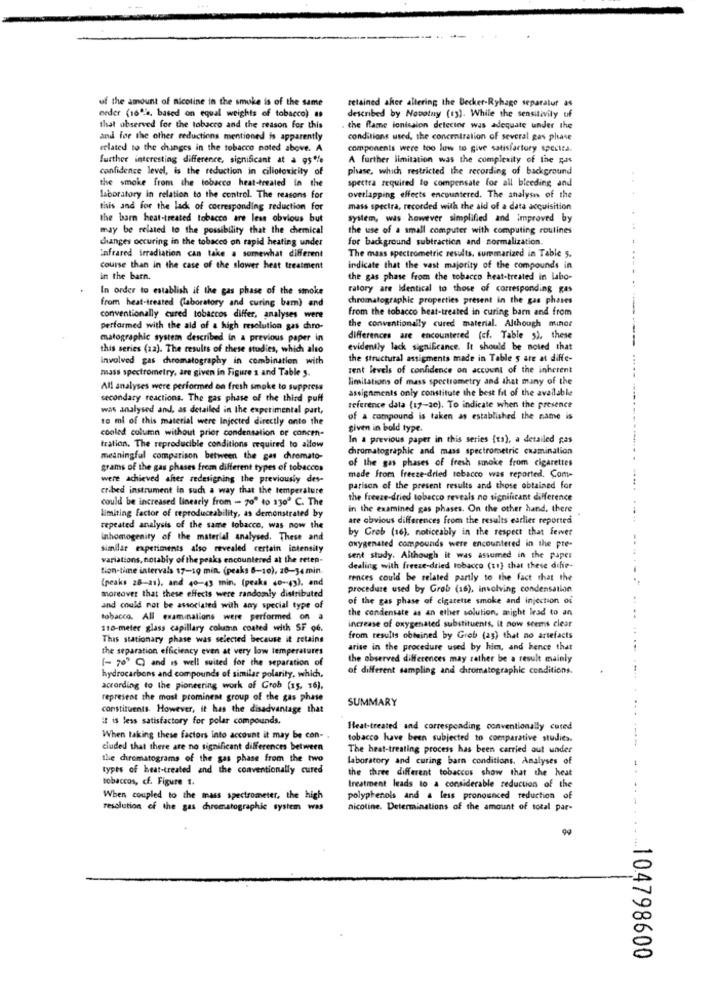
of the amount of nicotine in the smoke is of the same
retained afer altering the Becker-Ryhage separatur as
erder (160%, based on equal weights of tobacco) #
described by Novotny (13). While the sensitivity of
that observed for the tobacco and the reason for this
the flame ionicaion delector was adequate under the
and før the other reductions mentioned is apparently
conditions used, the concentration of several gas phase
related to the changes in the tobacco noted above. A
components were too low to give satisfactory spectta.
further interesting difference, significant at a gs%
A further limitation was the complexity of the gas
confidence level, is the reduction in cillotoxicity of
phase, which restricted the recording of background
the smoke from the tobacco heat-treated in the
spectra required to compensate for all bleeding and
laboratory in relation to the control. The reasons for
overlapping effects encountered. The analysis of the
this and for the lack of corresponding reduction for
mass spectra, recorded with the aid of a data acquisition
the barn heat-treated tobacco are less obvious but
system, was however simplified and improved by
may be related to the possibility that the chemical
the use of a small computer with computing routines
changes occuring in the tobacco on rapid heating under
for background subtraction and normalization.
The mass spectrometric results, summarized in Table 5.
Infrared irradiation can take a somewhat different
course than in the case of the slower heat treatment
indicate that the vast majority of the compounds in
in the barn.
the gas phase from the tobacco heat-treated in labo-
In order to establish if the gas phase of the smoke
ratory are Identical to those of corresponding gas
from heat-treated (laboratory and curing bam) and
chromatographic properties present in the gas phases
from the tobacco heat-treated in curing barn and from
conventionally cured tobaccos differ, analyses were
performed with the aid of a high resolution gas chro-
the conventionally cured material. Although minor
matographic system described In a previous paper in
differences are encountered (cf. Table 5), these
this series (aa). The results of these studies, which alto
evidently lack significance. It should be noted that
involved gas chromatography in combination with
the structural assigments made in Table s are at diffe-
mass spectrometry, are given in Figure 1 and Table y.
rent levels of confidence on account of the inherent
limitations of mass spectrometry and that many of the
All analyses were performed on fresh smoke to suppress
assignments only constitute the best fit of the available
secondary reactions. The gas phase of the third puff
was analysed and, as detailed in the experimental part,
reference data (17-20). To indicate when the presence
to ml of this material were Injected directly onto the
of a compound is taken as established the name is
cooled column without prior condensation or concen-
given in bold type.
In a previous paper in this series (ta), a detailed pas
tration, The reproducible conditions required to allow
chromatographic and mass spectrometric examination
meaningful comparison between the gas chromato-
of the gas phases of fresh smoke from cigarettes
grams of the gas phases from different types of tobaccos
were achieved after redesigning the previously des-
made from freeze-dried tobacco was reported. Com-
cribed instrument in such a way that the temperature
parison of the present results and those obtained for
could be increased linearly from - 70' to 330º C. The
the freeze-dried tobacco reveals no significant difference
in the examined gas phases. On the other hand, there
limiting factor of reproduceability, as demonstrated by
are obvious differences from the results earlier reported
repeated analysis of the same tobacco, was now the
by Grob (16). noticeably in the respect that fewer
Inhomogenity of the material analysed. These and
similar experiments also revealed certain intensity
oxygenated compounds were encountered in the pre-
variations, notably of the peaks encountered at the reten-
sent study. Although it was assumed in the paper
tion-time intervals 17-10 min. (peaks 8-10), 20-34 min
dealing with freeze-dried tobacco (t1} that these dihe-
(peaks 28-21), and 40-43 min. (peaks 40-43), and
rences could be related partly to the fact that the
procedure used by Grob (16), involving condensation
moreover that these effects were randomly distributed
of the gas phase of cigarette smoke and injection of
and could not be associated with any special type of
the condensate as an ether solution, might lead to an
tobacco. All examinations were performed on a
increase of oxygenated substituents, it now seems clear
110-meter glass capillary column coated with SF Q6.
This stationary phase was selected because it retains
from results obtained by Grob (as) that no artefacts
the separation efficiency even at very low temperatures
arise in the procedure used by hier, and hence that
[- 70" ℃) and is well suited for the separation of
the observed differences may rather be a result mainly
hydrocarbons and compounds of similar polarity, which.
of different sampling and chromatographie conditions.
according to the pioneering work of Grob (15, 16),
represent the most prominent group of the gas phase
SUMMARY
constituents. However, it has the disadvantage that
It is less satisfactory for polar compounds.
Heat-treated and corresponding conventionally cured
When taking these factors into account it may be con-
tobacco have been subjected to comparative studies.
cluded that there are no significant differences between
The heat-treating process has been carried out under
the chiromatograms of the gas phase from the two
laboratory and curing barn conditions. Analyses of
types of heat-treated and the conventionally cured
the three different tobaccos show that the heat
tobaccos, cf. Figure 1.
treatment leads to a considerable reduction of the
When coupled to the mass spectrometer, the high
polyphenols and a less pronounced reduction of
resolution of the gas chromatographic system was
nicotine. Determinations of the amount of total par-
104798600